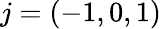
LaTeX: j=(-1,0,1)